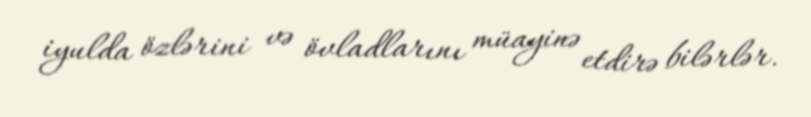
iyulda özlərini və övladlarını müayinə etdirə bilərlər.